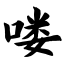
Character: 喽